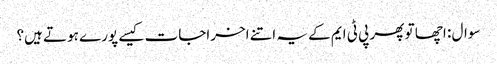
سوال : اچھا تو پھر پی ٹی ایم کے یہ اتنے اخراجات کیسے پورے ہوتے ہیں؟